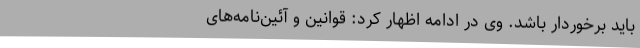
باید برخوردار باشد. وی در ادامه اظهار کرد: قوانین و آئین‌نامه‌های